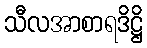
သီလအာစာရဒိဋ္ဌိ